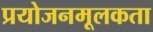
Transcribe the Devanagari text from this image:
प्रयोजनमूलकता